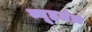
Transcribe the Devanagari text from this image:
व्यूहतंत्र